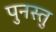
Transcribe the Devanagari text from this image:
पुनस्तु